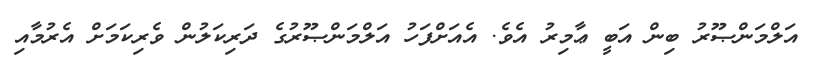
އަލްމަންޞޫރު ބިން އަބީ ޢާމިރު އެވެ. އެއަށްފަހު އަލްމަންޞޫރުގެ ދަރިކަލުން ވެރިކަމަށް އެރުމާއި